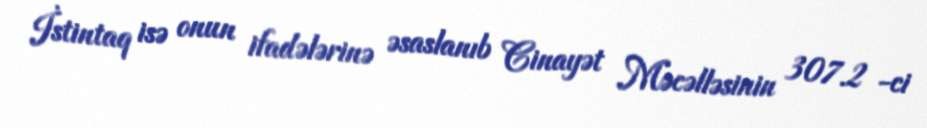
İstintaq isə onun ifadələrinə əsaslanıb Cinayət Məcəlləsinin 307.2 -ci